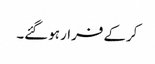
کرکے فرار ہوگئے۔